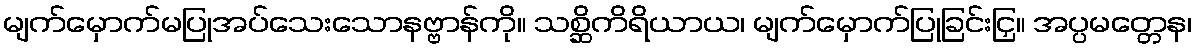
မျက်မှောက်မပြုအပ်သေးသောနဗ္ဗာန်ကို။ သစ္ဆိကိရိယာယ၊ မျက်မှောက်ပြုခြင်းငြှ။ အပ္ပမတ္တေန၊